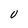
Character: U